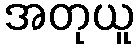
အတုယူ